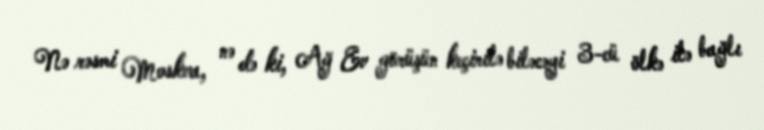
Nə rəsmi Moskva, nə də ki, Ağ Ev görüşün keçirilə biləcəyi 3-cü ölkə ilə bağlı